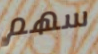
سهم